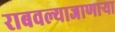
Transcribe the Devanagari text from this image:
राबवल्याजाणार्‍या